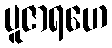
ပူဇာရဟေ